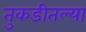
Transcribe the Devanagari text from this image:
तुकडीतल्या